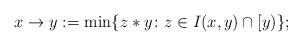
LaTeX: \begin{align*}x \to y := \min\{z*y\colon z \in I(x,y) \cap [y)\};\end{align*}